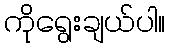
ကိုရွေးချယ်ပါ။